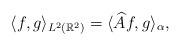
LaTeX: \begin{align*}\langle f, g \rangle_{L^2 (\mathbb{R}^2)}= \langle \widehat{A}f,g \rangle_{\alpha},\end{align*}